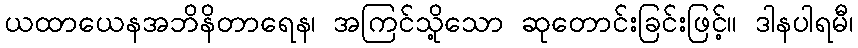
ယထာယေနအဘိနိတာရေန၊ အကြင်သို့သော ဆုတောင်းခြင်းဖြင့်။ ဒါနပါရမီ၊